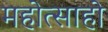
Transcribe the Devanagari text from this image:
महोत्साहो